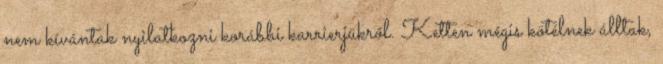
nem kívántak nyilatkozni korábbi karrierjükről. Ketten mégis kötélnek álltak,